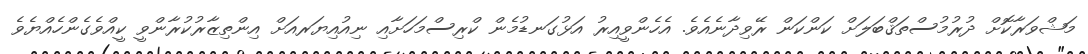
މަޝްވަރާކޮށް ދުރުމުސްތަޤްބަލަށް ކަންކަން ރޭވިދާނެއެވެ. އެހެންވީއިރު އަޅުގަނޑުމެން ކްރިސްމަހަށާއި ނިއުއިޔަރއަށް އިންތިޒާރުކުރާންވީ ކީއްވެގެންހެއްޔެވެ